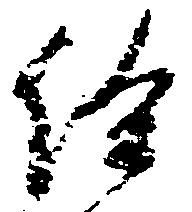
給